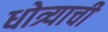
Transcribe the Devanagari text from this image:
धोत्र्याची